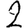
Digit: 2